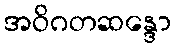
အဝိဂတဆန္ဒော